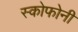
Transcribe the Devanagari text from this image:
स्कोफोनी